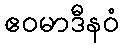
ဧဝမာဒီနဝံ